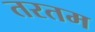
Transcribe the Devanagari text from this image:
तरतम